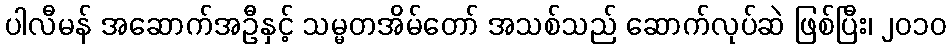
ပါလီမန် အဆောက်အဦနှင့် သမ္မတအိမ်တော် အသစ်သည် ဆောက်လုပ်ဆဲ ဖြစ်ပြီး၊ ၂၀၁၀